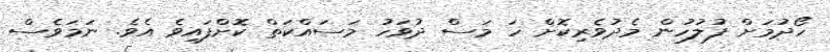
ހޯދުމަށް ފުލުހުން މެދުވެރިކޮށް ހަ މަސް ދުވަހު މަސައްކަތް ކޮށްފައިވެ އެވެ. ނަމަވެސް